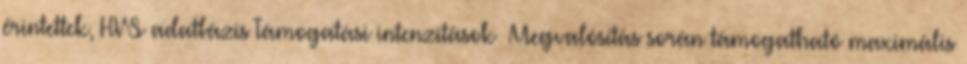
érintettek, HVS adatbázis Támogatási intenzitások ▪Megvalósítás során támogatható maximális